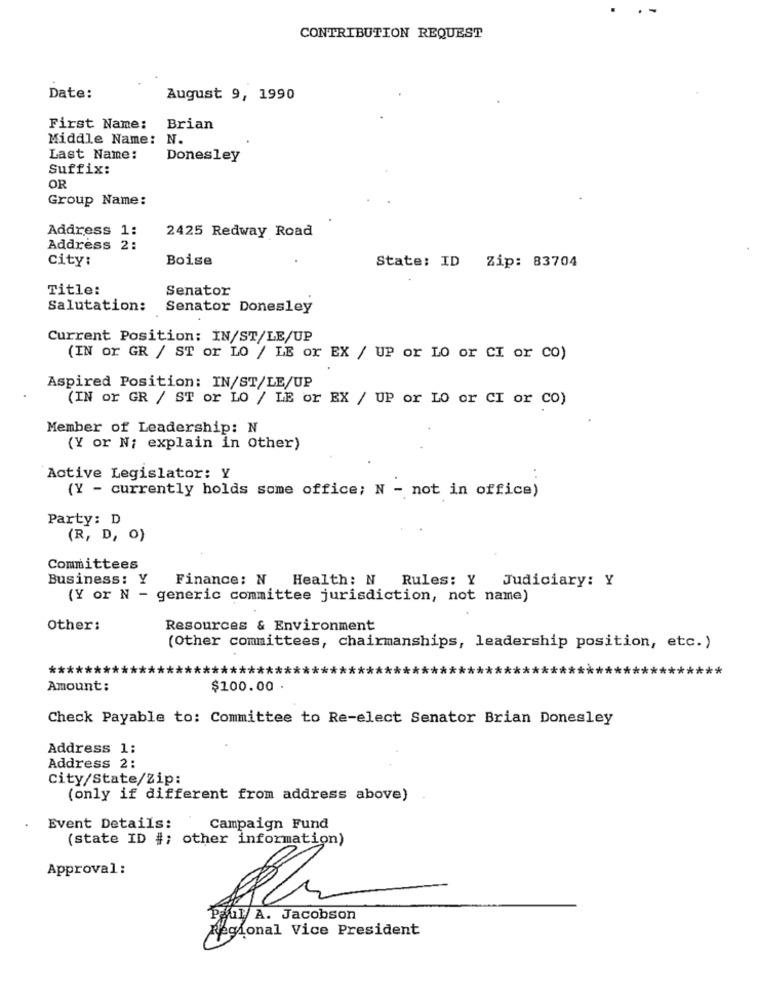
CONTRIBUTION REQUEST
Date:
August 9, 1990
First Name: Brian
Middle Name: N.
Last Name:
Donesley
Suffix:
OR
Group Name:
Address 1:
2425 Redway Road
Address 2:
city:
Boise
State: ID Zip: 83704
Title:
Senator
Salutation:
Senator Donesley
Current Position: IN/ST/LE/UP
(IN or GR / ST or LO / LE or EX / UP or LO or CI or CO)
Aspired Position: IN/ST/LE/UP
(IN or GR / ST or LO / LE or EX / UP or LO or CI or CO)
Member of Leadership: N
(Y or N; explain in Other)
Active Legislator: Y
(Y - currently holds some office; N - not in office)
Party: D
(R, D, O)
Committees
Business: Y
Finance: N Health: N Rules: Y Judiciary: Y
(Y or N - generic committee jurisdiction, not name)
Other:
Resources & Environment
(Other committees, chairmanships, leadership position, etc.)
******
***
** *
Amount:
$100.00 .
Check Payable to: Committee to Re-elect Senator Brian Donesley
Address 1:
Address 2:
City/State/Zip:
(only if different from address above)
Event Details:
Campaign Fund
(state ID #; other information)
Approval:
Paul A. Jacobson
Regional Vice President